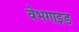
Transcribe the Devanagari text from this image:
वेभगाइड